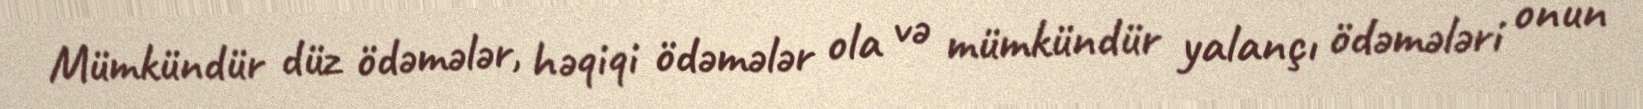
Mümkündür düz ödəmələr, həqiqi ödəmələr ola və mümkündür yalançı ödəmələri onun